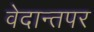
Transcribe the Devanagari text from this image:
वेदान्तपर